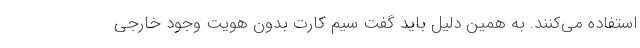
استفاده می‌کنند. به همین دلیل باید گفت سیم کارت بدون هویت وجود خارجی